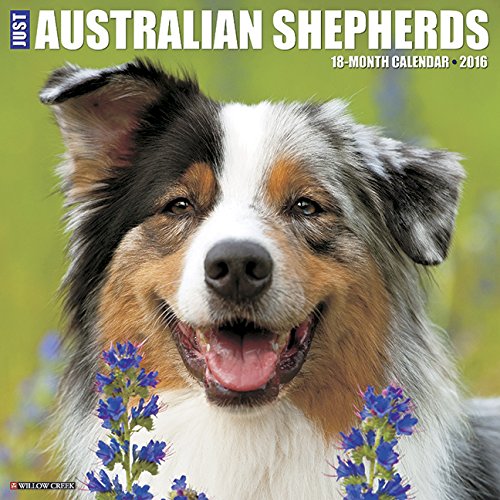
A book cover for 2016 Just Australian Shepherds Wall Calendar; Willow Creek Press; Calendars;